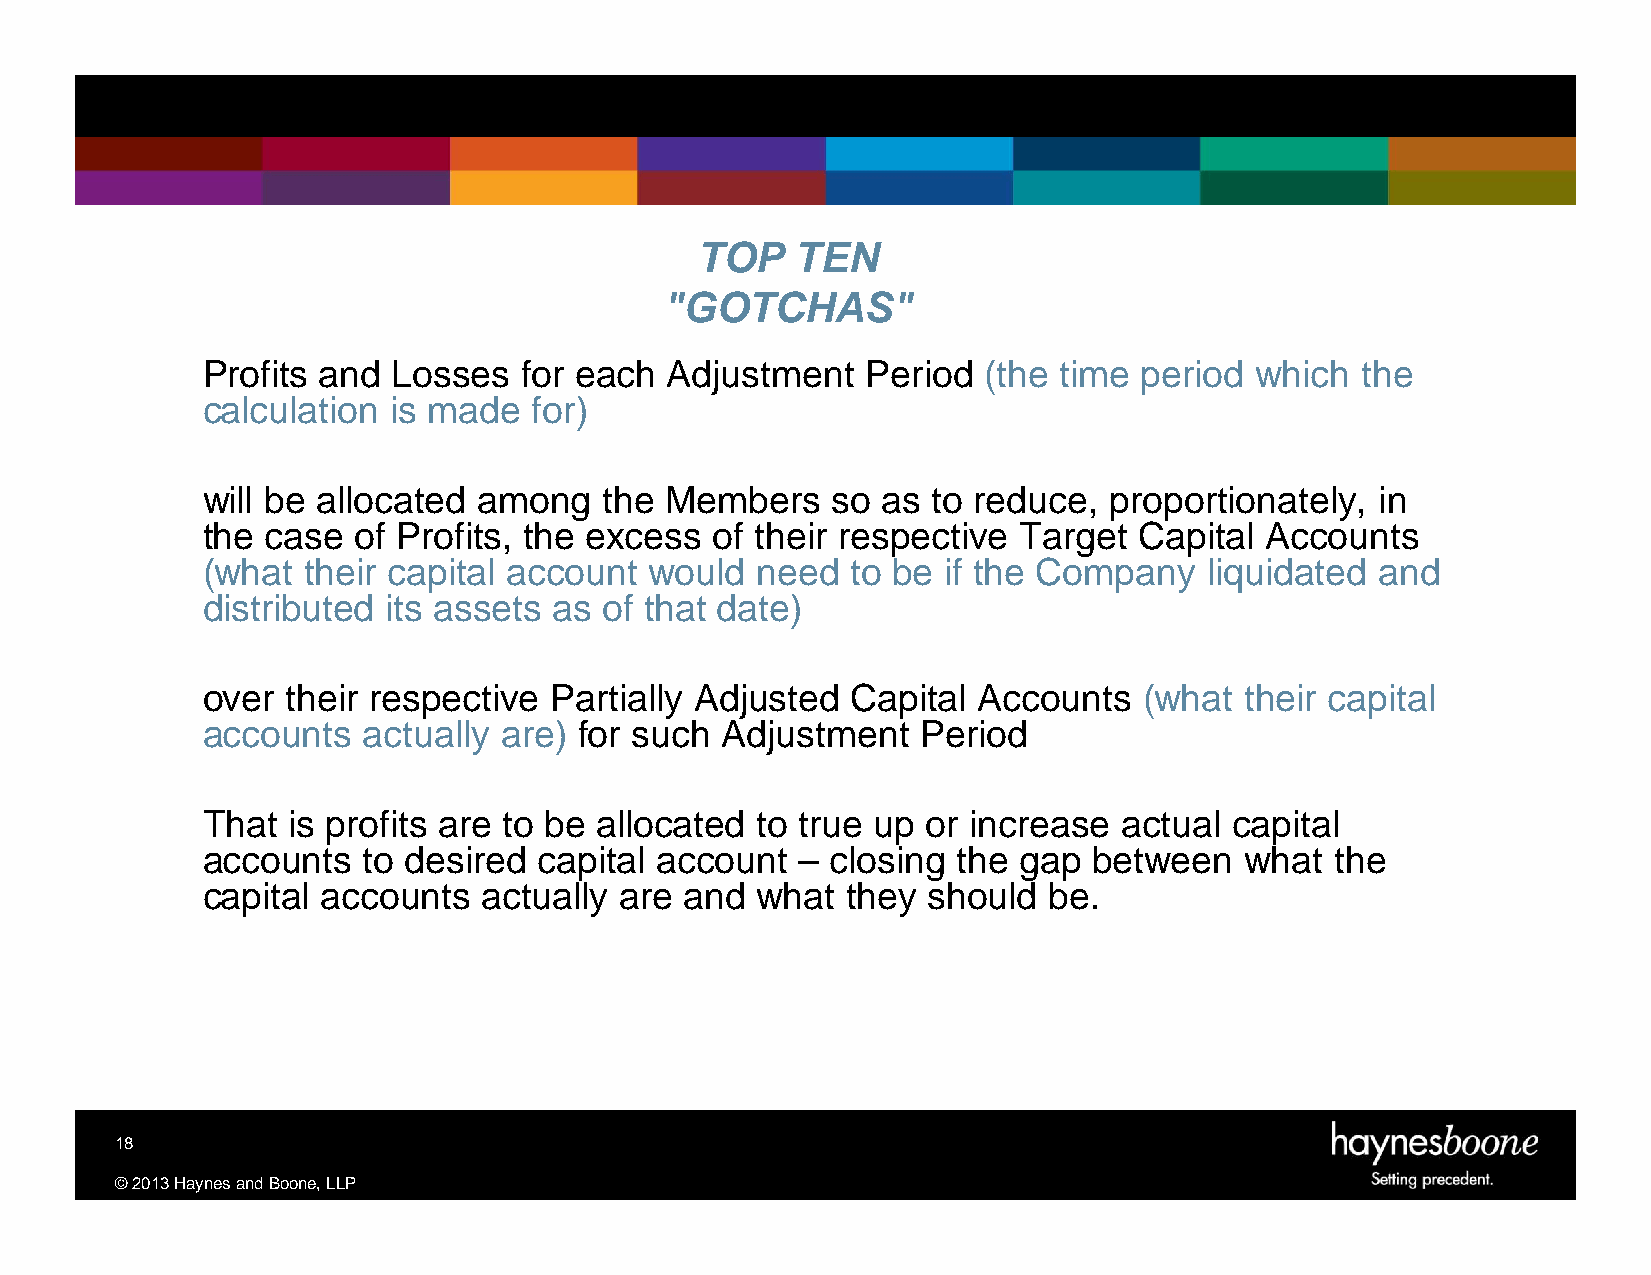
TOP    TEN
 "GOTCHAS"
 Profits and  Losses   for each Adjustment   Period  (the time period  which  the
 calculation  is made  for)
 will be allocated  among   the Members    so as  to reduce, proportionately,  in
 the  case of Profits, the excess  of their respective Target  Capital  Accounts
 (what  their capital account  would  need  to be  if the Company   liquidated and
 distributed  its assets as of that date)
 over  their respective Partially Adjusted  Capital  Accounts   (what their capital
 accounts   actually are) for such  Adjustment   Period
 That  is profits are to be allocated to true up or increase  actual  capital
 accounts   to desired  capital account  – closing the gap  between   what  the
 capital accounts   actually are and  what  they should  be.
 18
 ©2013HaynesandBoone,LLP